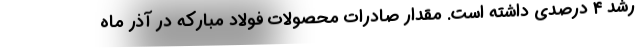
رشد ۴ درصدی داشته است. مقدار صادرات محصولات فولاد مبارکه در آذر ماه